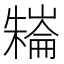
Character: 𣜱